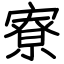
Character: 寮